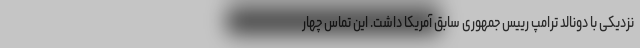
نزدیکی با دونالد ترامپ رییس جمهوری سابق آمریکا داشت. این تماس چهار